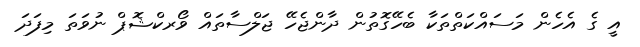
އީ ގެ އެހެން މަސައްކަތްތަކާ ބެހޭގޮތުން ދާންޖެހޭ ޖަލްސާތައް ވޯރކްޝޮޕް ނުވަތަ މިފަދަ